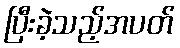
ပြီးခဲ့သည့်အပတ်